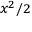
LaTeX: \scriptstyle x ^ { 2 } / 2